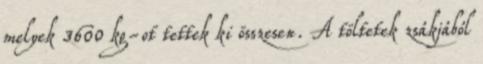
melyek 3600 kg-ot tettek ki összesen. A töltetek zsákjából